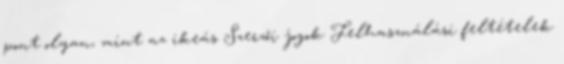
pont olyan, mint az ikeás Szerzői jogok Felhasználási feltételek